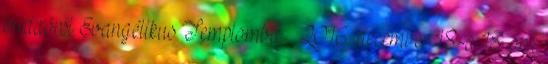
budaörsi Evangélikus Templomba – 2016. december 18-a 18 óra